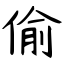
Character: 偷